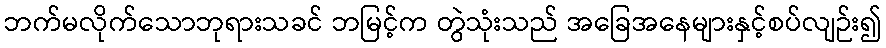
ဘက်မလိုက်သောဘုရားသခင် ဘမြင့်က တွဲသုံးသည် အခြေအနေများနှင့်စပ်လျဉ်း၍